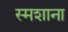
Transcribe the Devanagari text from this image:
स्मशाना